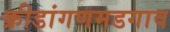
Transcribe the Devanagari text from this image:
क्रीडांगणमडगाव